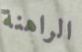
الراهنة